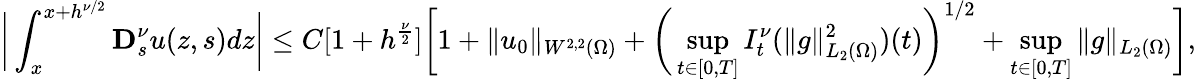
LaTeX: \bigg|\int_{x}^{x+h^{\nu/2}}\mathbf{D}_{s}^{\nu}u(z,s)dz\bigg|\leq C[1+h^{\frac{\nu}{2}}]\bigg[1+\| u_{0}\| _{W^{2,2}(\Omega)}+\bigg(\underset{t\in[0,T]}{\operatorname*{sup}}I_{t}^{\nu}(\| g\| _{L_{2}(\Omega)}^{2})(t)\bigg)^{1/2}+\underset{t\in[0,T]}{\operatorname*{sup}}\| g\| _{L_{2}(\Omega)}\bigg],